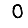
Digit: 0